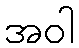
အဝါ